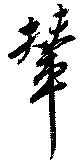
輦